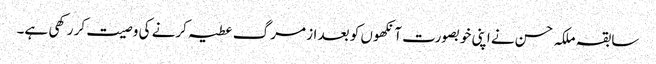
سابقہ ملکہ حسن نے اپنی خوبصورت آنکھوں کو بعد از مرگ عطیہ کرنے کی وصیت کر رکھی ہے۔